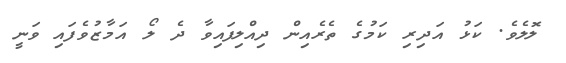
ލޮލެވެ. ކަޅު އަދިރި ކަމުގެ ތެރެއިން ދިއްލިފައިވާ ދެ ލޯ އަމާޒުވެފައި ވަނީ